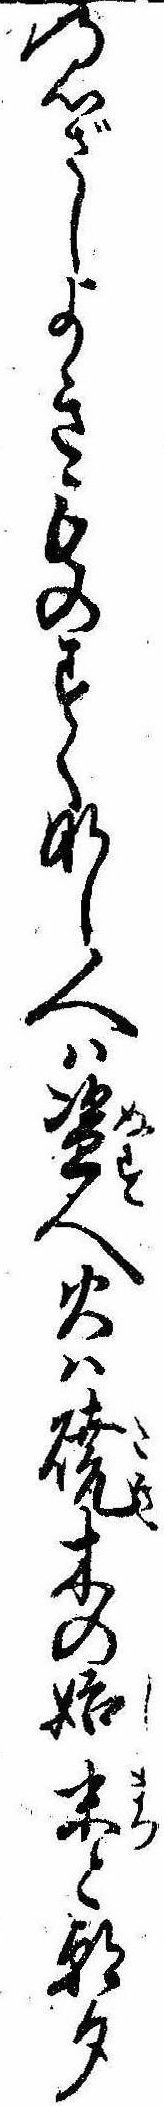
の心ざしよきものすくなし人は盗人火は焼木の始末と朝夕